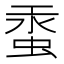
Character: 𧋔